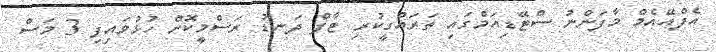
އެފްއޭއެމް މާފަންނު ސްޓޭޑިއަމްގައި ތަރައްގީކުރި ޓާފް ދަނޑު ރަސްމީކޮށް ހުޅުވައިފި 3 މަސް